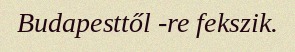
Budapesttől -re fekszik.